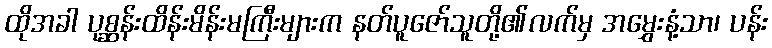
ထိုအခါ ပုစ္ဆန်းထိန်းမိန်းမကြီးများက နတ်ပူဇော်သူတို့၏လက်မှ အမွှေးနံ့သာ၊ ပန်း